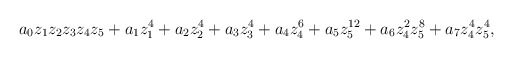
\begin{align*}a_0z_1z_2z_3z_4z_5 + a_1z_1^4 + a_2z_2^4 + a_3z_3^4 + a_4z_4^6 + a_5z_5^{12} + a_6z_4^2z_5^8 + a_7z_4^4z_5^4,\end{align*}